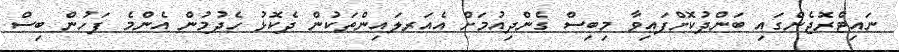
ނައިޓްރޮޖެންގައި ބަންދުކޮށްފައިވާ މިބިސް ގެންދިއުމަށް އެއަރލައިންތަކުން ދެކޮޅު ހެދުމުން އެންމެ ފަހުން ބިސް